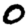
Digit: 0